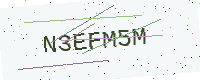
Text: N3EFM5M